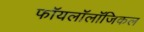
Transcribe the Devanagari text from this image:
फॉयलॉलॉजिकल